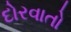
દોરવાતો